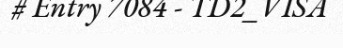
# Entry 7084 - TD2_VISA